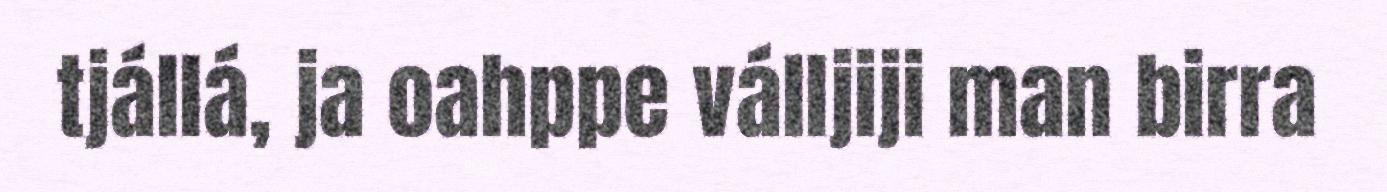
tjállá, ja oahppe válljiji man birra